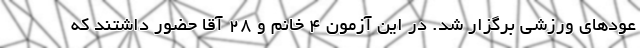
عودهای ورزشی برگزار شد. در این آزمون 4 خانم و ۲۸ آقا حضور داشتند که